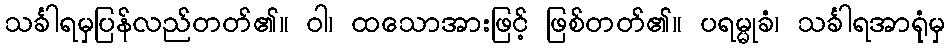
သင်္ခါရမှပြန်လည်တတ်၏။ ဝါ၊ ထသောအားဖြင့် ဖြစ်တတ်၏။ ပရမ္မုခံ၊ သင်္ခါရအာရုံမှ